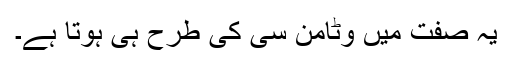
یہ صفت میں وٹامن سی کی طرح ہی ہوتا ہے۔